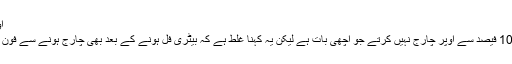
اوور چارجنگ کی گھبراہٹ
ہم میں سے اکثر فون کو 100 فیصد سے اوپر چارج نہیں کرتے جو اچھی بات ہے لیکن یہ کہنا غلط ہے کہ بیٹری فل ہونے کے بعد بھی چارج ہونے سے فون کی بیٹریاں متاثر ہوتی ہیں۔